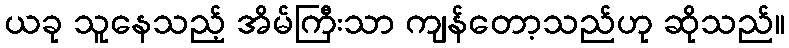
ယခု သူနေသည့် အိမ်ကြီးသာ ကျန်တော့သည်ဟု ဆိုသည်။